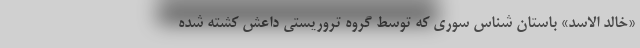
«خالد الاسد» باستان شناس سوری که توسط گروه تروریستی داعش کشته شده